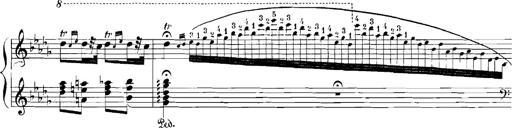
Title: Rhapsodies hongroises
Composer: Franz Liszt